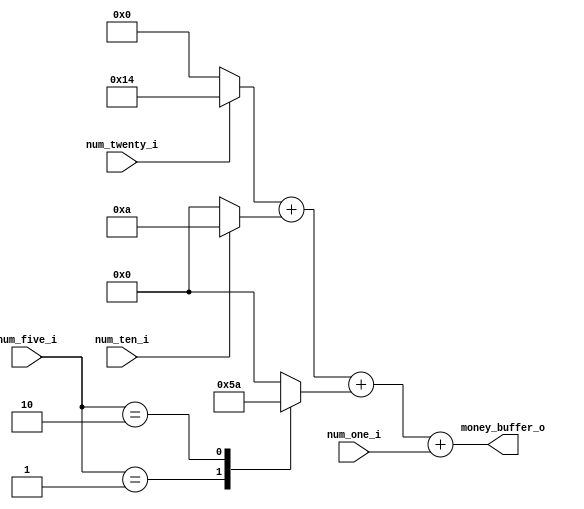
module putting_money(
			input num_twenty_i,
			input num_ten_i,
			input [1:0]num_five_i,
			input [3:0] num_one_i,
			output [4:0] money_buffer_o
);
		assign money_buffer_o = twenty + ten + five + num_one_i;
		
		reg [3:0] ten;
		reg [3:0] five;
		wire [4:0] twenty;
		
		assign twenty = (num_twenty_i == 1'b1)? 5'b10100 : 5'b0;
		
		always@(num_five_i)
		begin
							case(num_five_i)
										2'b01:
														five = 4'b0101;
										2'b10:
														five = 4'b1010;
										default:
														five = 4'b0;
							endcase
			end
			
			always@(num_ten_i)
			begin
							case(num_ten_i)
										1'b1:
														ten = 4'b1010;
										default:
														ten = 4'b0;
							endcase
			end
endmodule